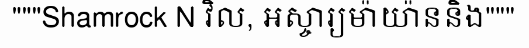
"""Shamrock N វិល, អស្ចារ្យម៉ាយ៉ាននិង"""